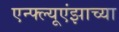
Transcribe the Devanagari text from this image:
एन्फ्ल्यूएंझाच्या